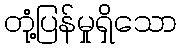
တုံ့ပြန်မှုရှိသော